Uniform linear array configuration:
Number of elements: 64
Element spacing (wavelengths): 1
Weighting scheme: blackman
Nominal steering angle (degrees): -45
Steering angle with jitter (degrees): -45.948
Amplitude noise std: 0.05
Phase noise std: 0.05

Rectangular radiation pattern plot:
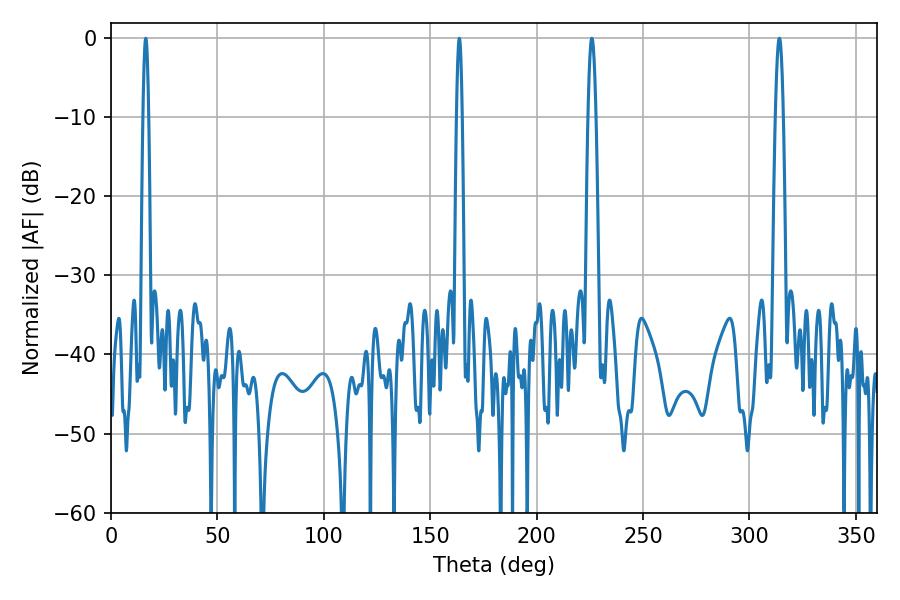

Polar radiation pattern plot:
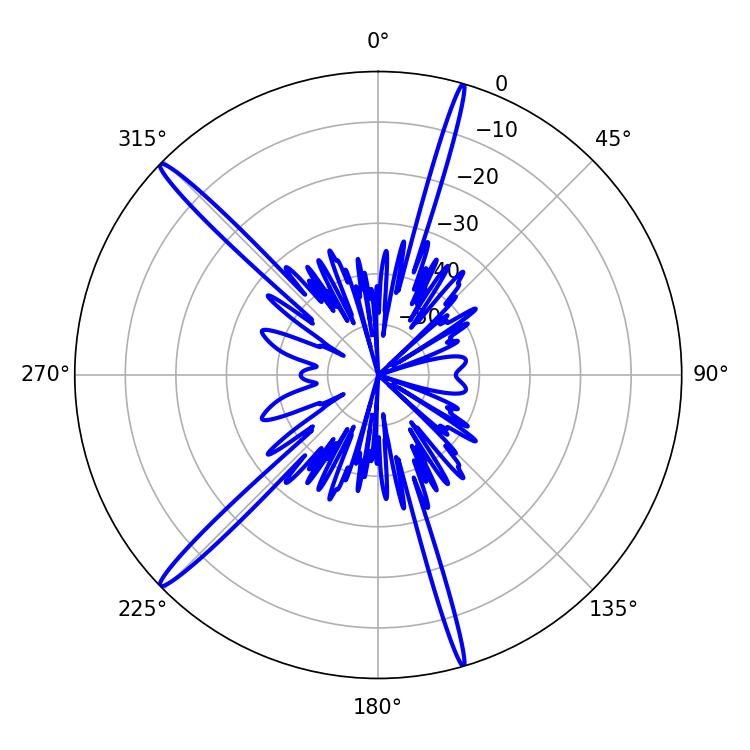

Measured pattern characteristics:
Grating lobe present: TRUE
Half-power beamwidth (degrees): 1.98
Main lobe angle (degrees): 225.9